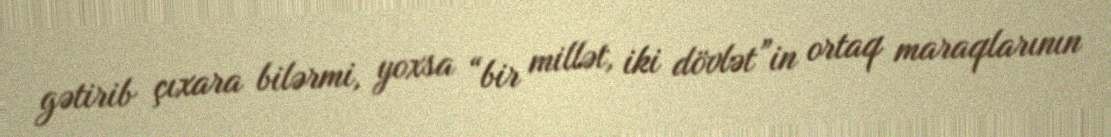
gətirib çıxara bilərmi, yoxsa “bir millət, iki dövlət”in ortaq maraqlarının